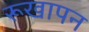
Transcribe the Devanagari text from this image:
रूखापन